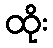
ထိုး